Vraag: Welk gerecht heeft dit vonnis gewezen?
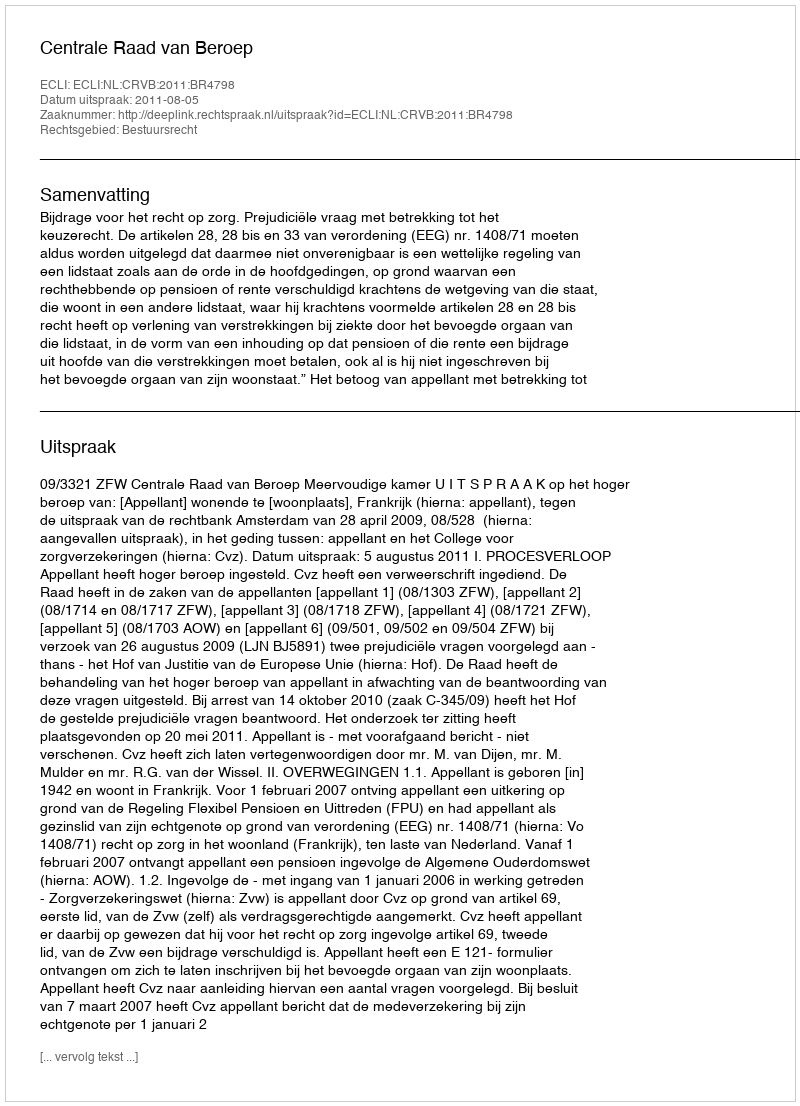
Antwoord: Centrale Raad van Beroep